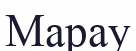
Марау